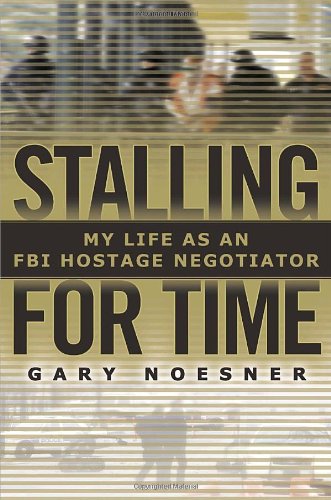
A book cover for Stalling for Time: My Life as an FBI Hostage Negotiator; Gary Noesner; Biographies & Memoirs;